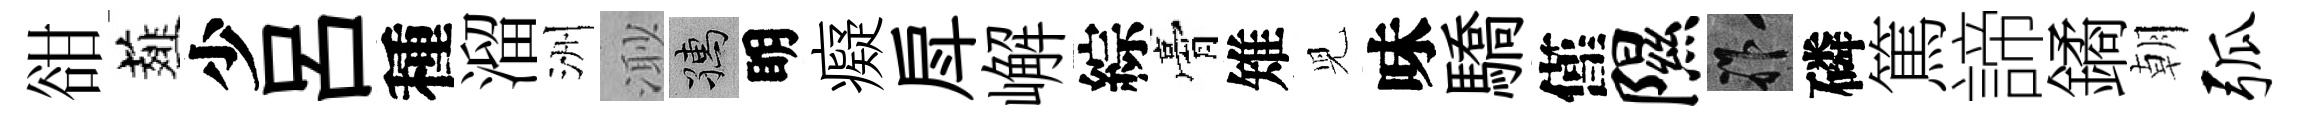
𧮳薤少呂種溜洲𣺌孺眀癡戽嶰綜膏雉児味驕僅隰祚磷篤諦鐍朝弧